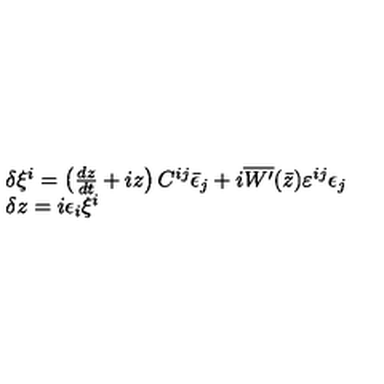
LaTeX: \begin{array} { l } { \delta \xi ^ { i } = \left( { \frac { d z } { d t } } + i z \right) C ^ { i j } \bar { \epsilon } _ { j } + i \overline { { W ^ { \prime } } } ( \bar { z } ) \varepsilon ^ { i j } \epsilon _ { j } } \\ { \delta z = i \epsilon _ { i } \xi ^ { i } } \\ \end{array}